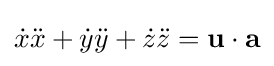
{\dot {x}}{\ddot {x}}+{\dot {y}}{\ddot {y}}+{\dot {z}}{\ddot {z}}=\mathbf {u} \cdot \mathbf {a}